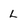
Character: L